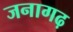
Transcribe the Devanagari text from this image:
जनागढ़